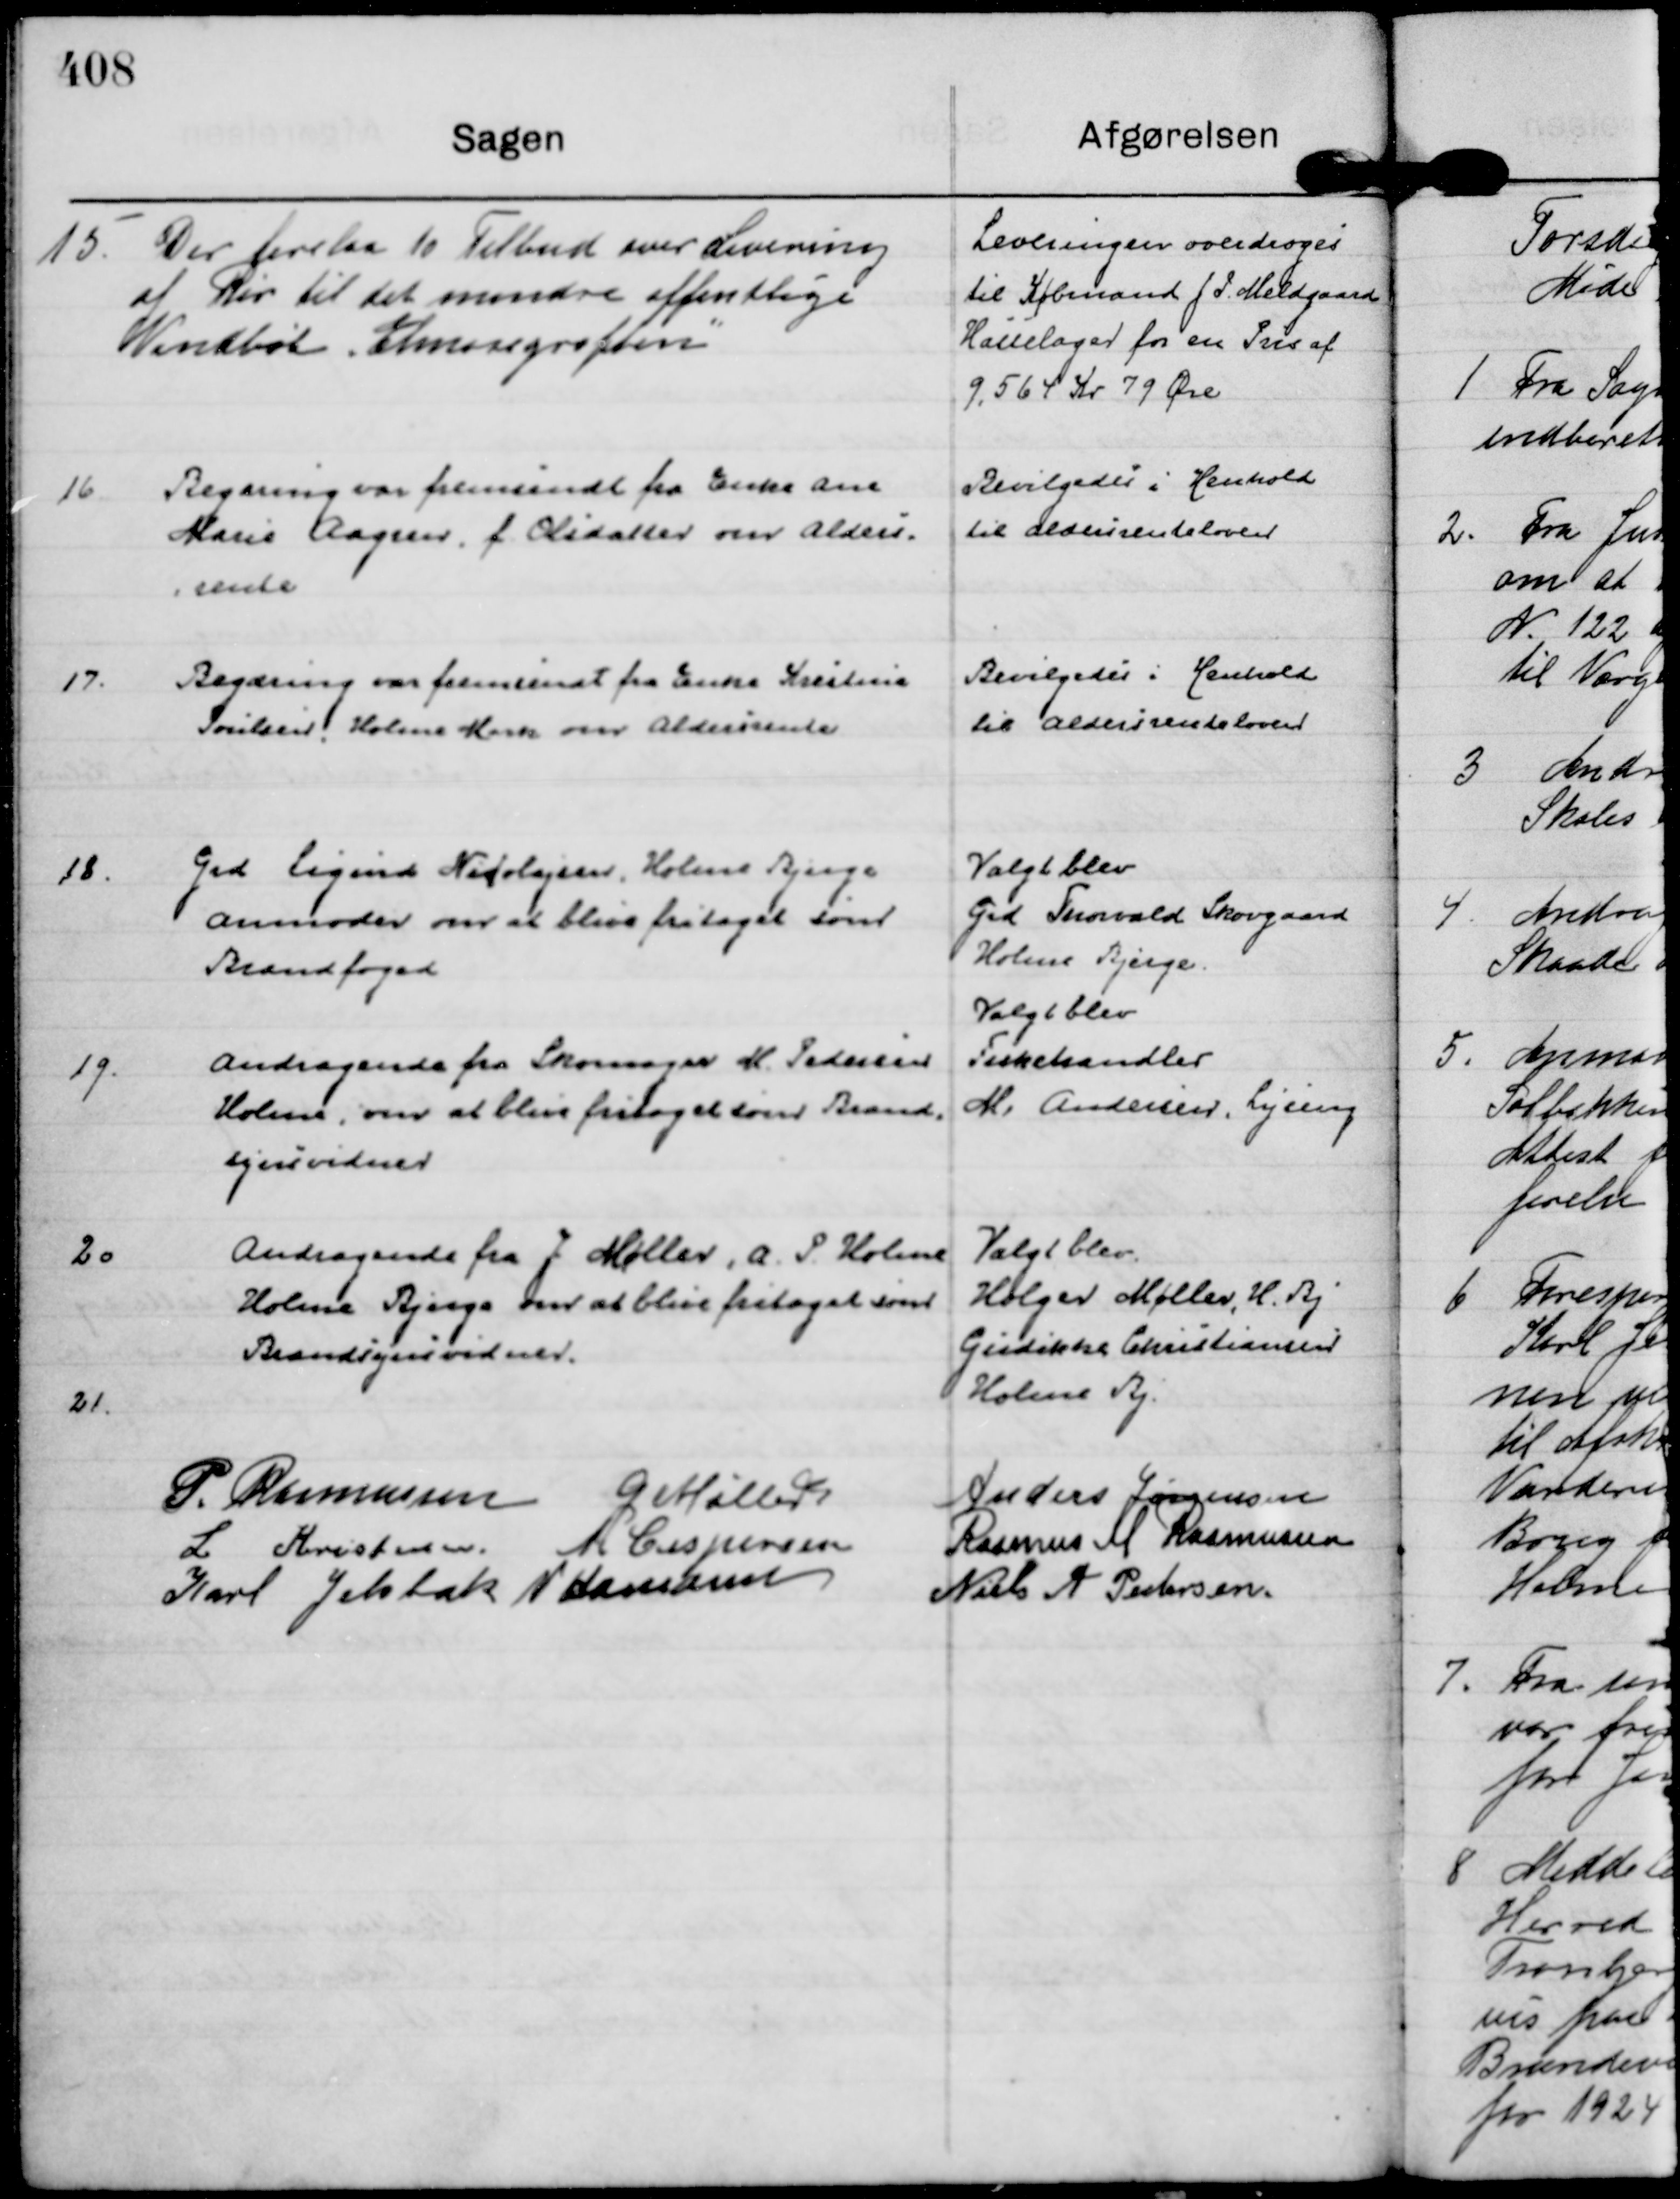
Transskription:
15.
Der forelaa 10 Tilbud over Levering
af Rør til det mindre offentlige
Vandløb "Elmosegrøften"

Leveringen overdroges
til Købmand J P. Meldgaard 
Hasselager for en Pris af
9.564 Kr 79 Øre

16
Begæring var fremsendt fra Enke Ane
Marie Aagren. f. Olsdatter om Alders=
=rente

Bevilgedes i Henhold
til aldersrenteloven

17.
Begæring var fremsendt fra Enke Kristine
Poulsen, Holme Mark om Aldersrente

Bevilgedes i Henhold
til Aldersrenteloven

18.
Grd Sigurd Nicolajsen, Holme Bjerge
anmoder om at blive fritaget som
Brandfoged

Valgt blev
Grd Thorvald Skovgaard
Holme Bjerge.

19.
Andragende fra Skomager M. Pedersen
Holme, om at blive fritaget som Brand=
synsvidner

Valgt blev
Fiskehandler
M. Andersen, Lyseng

20
Andragende fra J. Møller, A. P. Holme
Holme Bjerge om at blive fritaget som
Brandsynsynsvidner.

Valgt blev.
Holger Møller, H. Bj
Gudikke Christiansen
Holme Bj.

21.
P. Rasmussen
G Møller
Andreas Jørgensen
L Kristensen.
M Caspersen
Rasmus M Rasmussen
Karl Jelsbak
N Hamann
Niels A Pedersen.